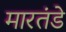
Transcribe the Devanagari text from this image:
मारतंडे